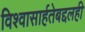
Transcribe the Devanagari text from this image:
विश्‍वासार्हतेबद्दलही